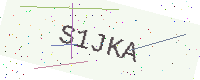
Text: S1JKA